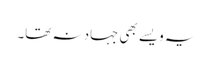
یہ ویسے بھی جہاد نہ تھا۔